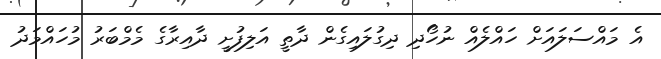
އެ މައްސަލައަށް ހައްލެއް ނުހޯދި ދިގުލައިގެން ދާތީ އަލިފުށީ ދާއިރާގެ މެމްބަރު މުހައްމަދު